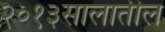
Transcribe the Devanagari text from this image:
२०१३सालातील